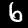
Label: 6